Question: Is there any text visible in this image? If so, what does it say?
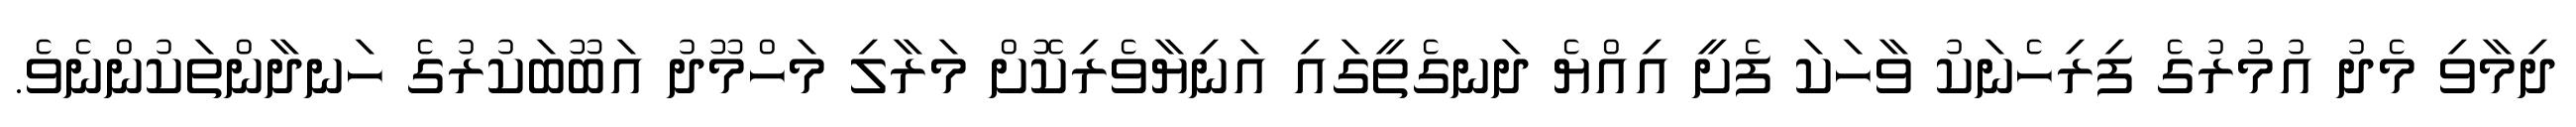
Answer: ދިމާވި މެދު އުމުރުގެ ފިރިހެނަކު ވާހަކަ ފެށީ އިއްޔެ ދަނގެތީގައި އަނިޔާވެރިކޮށް މަރާލި މަހްމޫދު އަބޫބަކުރުގެ ހަނދާންތަކުންނެވެ.